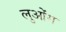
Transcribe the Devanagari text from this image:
लुओंग